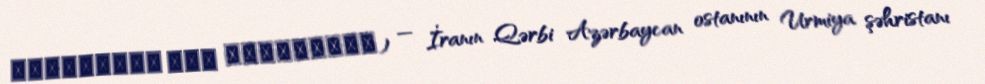
یوسف‌آباد شاه میرزاکندی) — İranın Qərbi Azərbaycan ostanının Urmiya şəhristanı